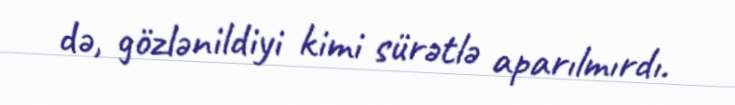
də, gözlənildiyi kimi sürətlə aparılmırdı.